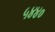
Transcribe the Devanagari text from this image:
५४४०